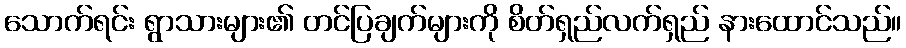
သောက်ရင်း ရွာသားများ၏ တင်ပြချက်များကို စိတ်ရှည်လက်ရှည် နားထောင်သည်။